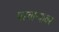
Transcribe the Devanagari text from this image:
परवान्यावर